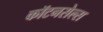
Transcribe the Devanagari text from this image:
कॉटनसेल्स